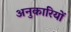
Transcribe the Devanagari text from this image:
अनुकारियों